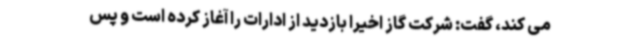
می کند، گفت: شرکت گاز اخیرا بازدید از ادارات را آغاز کرده است و پس